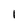
Character: 1